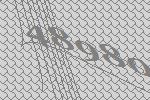
48980